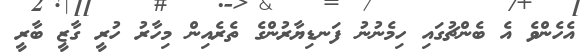
އެހެންވެ އެ ބެންޗުގައި ހިމެނުނު ފަނޑިޔާރުންގެ ތެރެއިން މިހާރު ހުރީ ގާޒީ ބާރީ